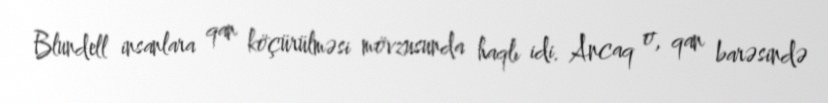
Blundell insanlara qan köçürülməsi mövzusunda haqlı idi. Ancaq o, qan barəsində